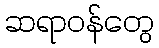
ဆရာဝန်တွေ